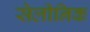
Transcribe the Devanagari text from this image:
सेलीनिक